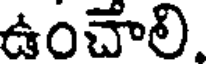
ఉంచాలి.